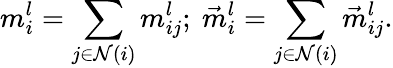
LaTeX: m_{i}^{l}=\sum_{j\in\mathcal{N}(i)}m_{ij}^{l};\ \vec{{m}}_{i}^{l}=\sum_{j\in\mathcal{N}(i)}\vec{{m}}_{ij}^{l}.